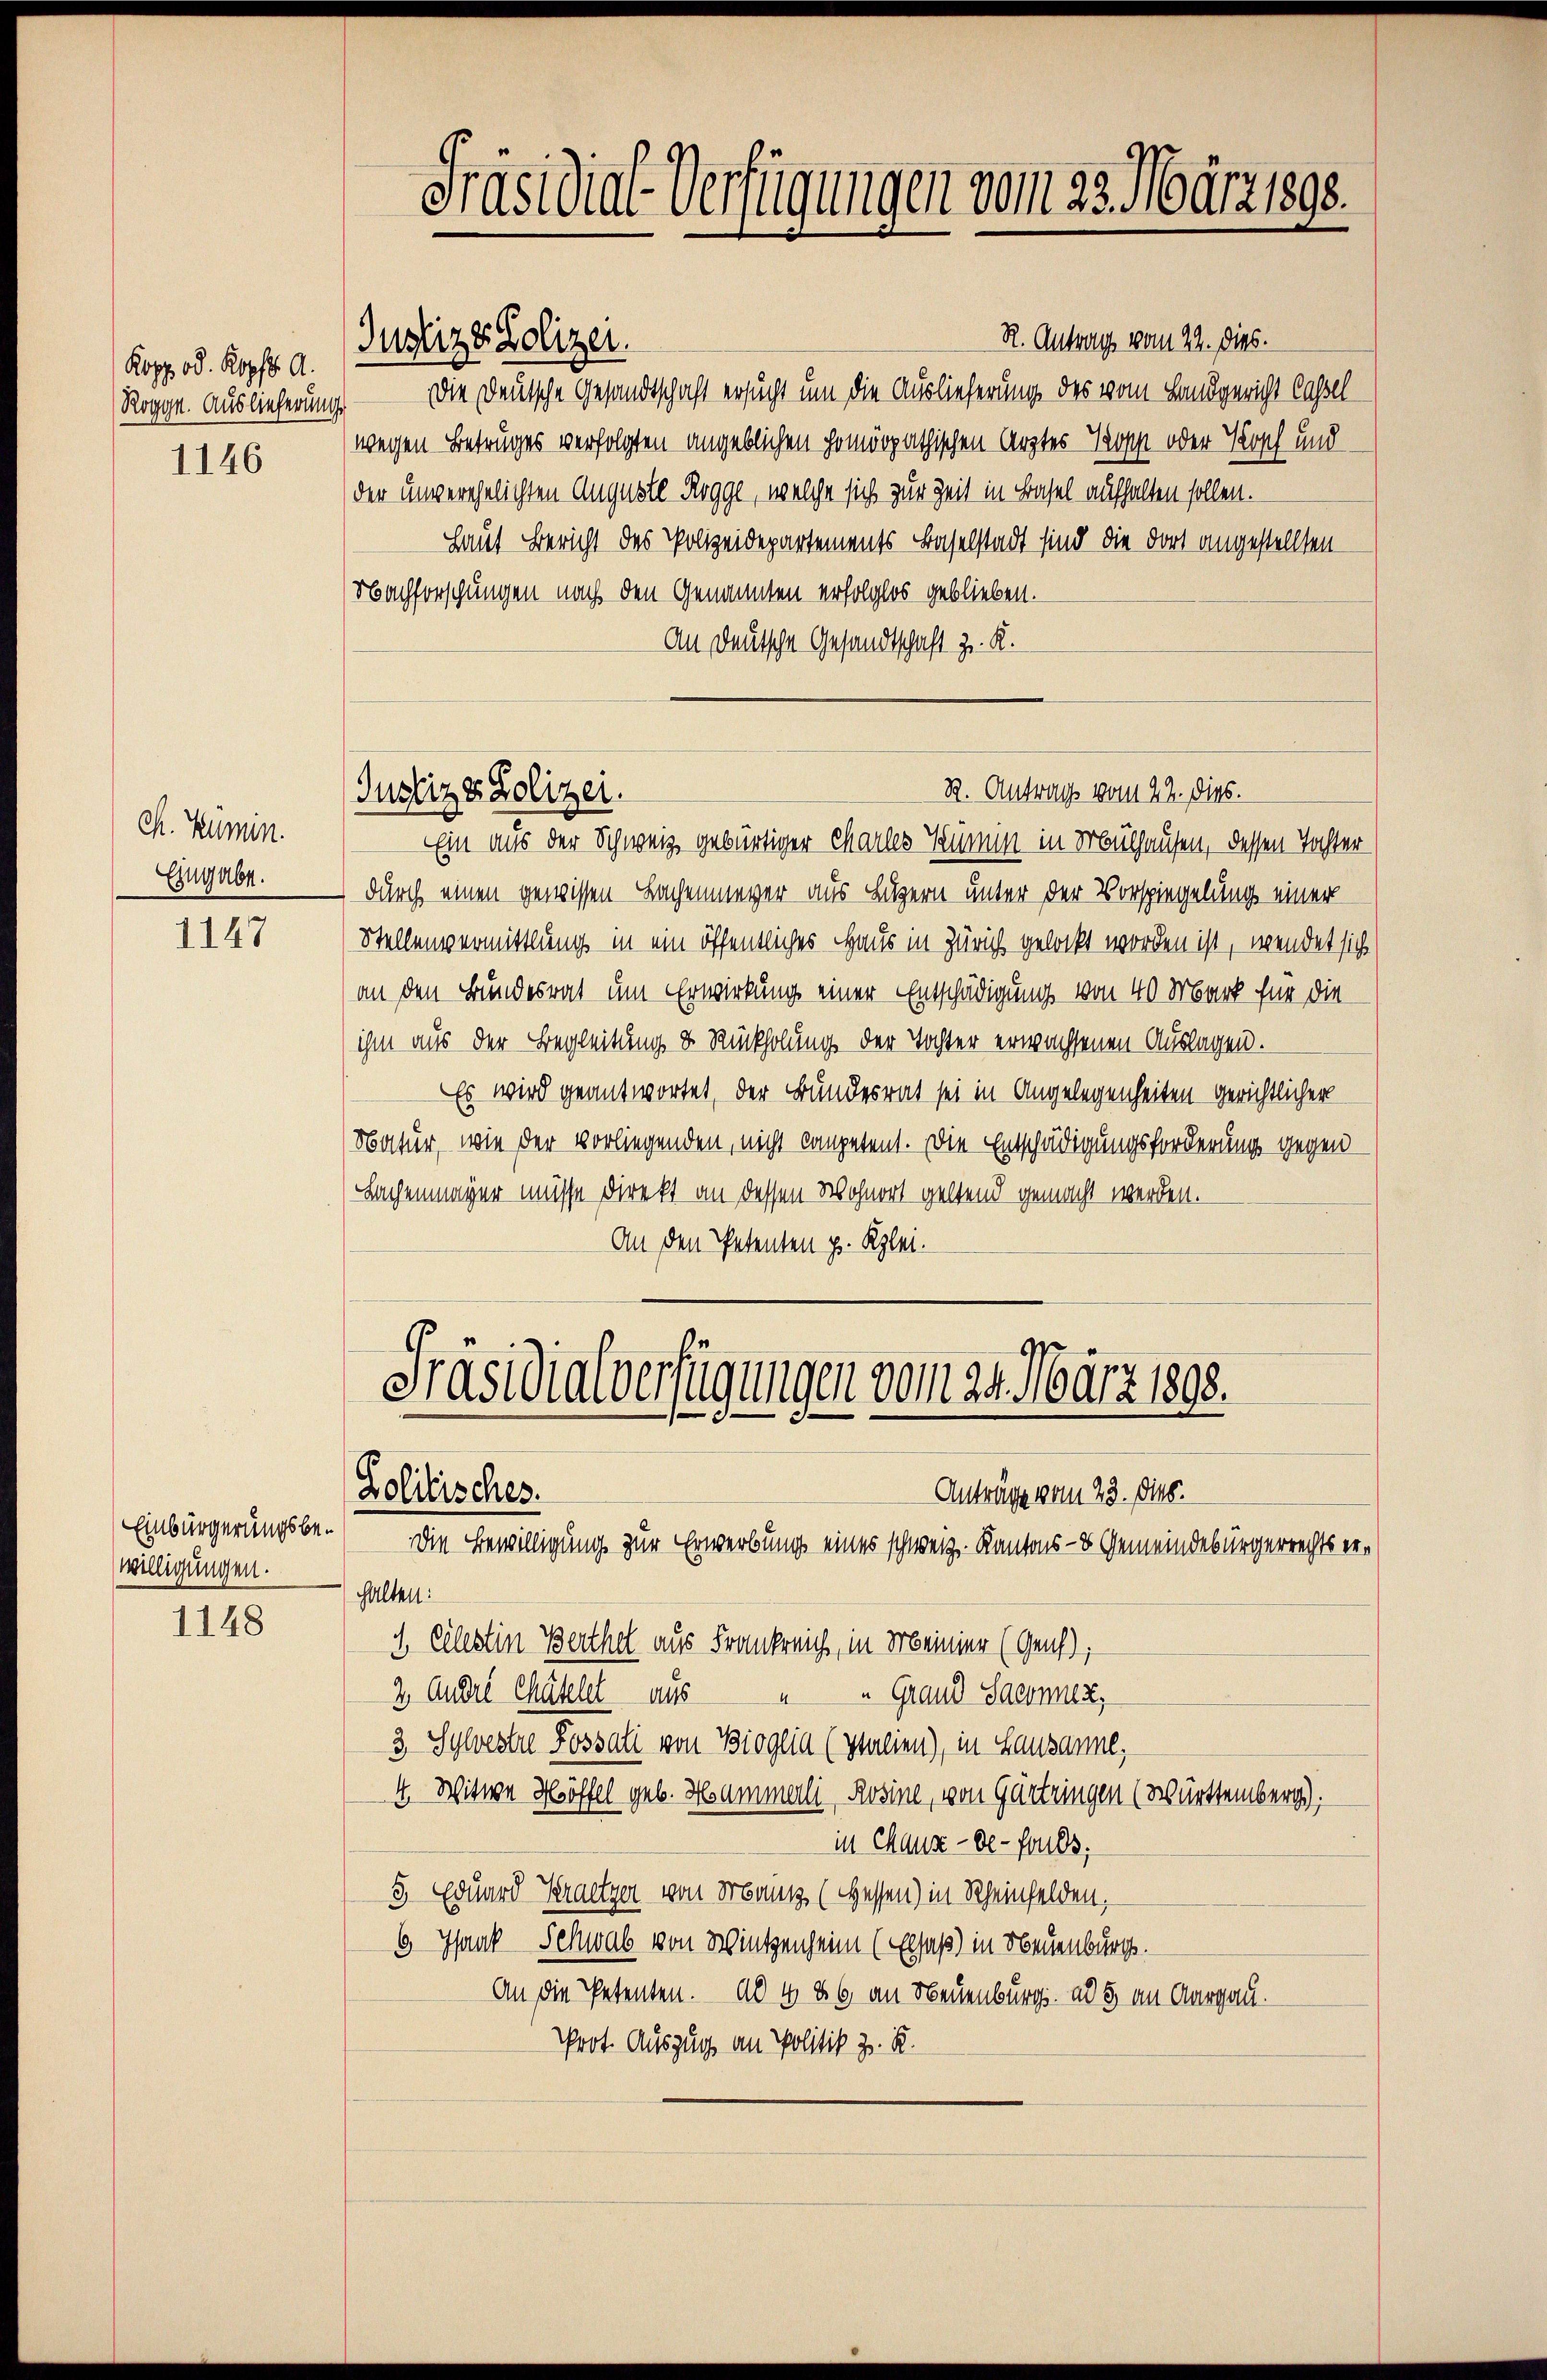
Kopp od. Kopfer A.
Rogge. Auslieferungs

1146

Ch. Kümin.
Eingabe.

1147

Einbürgerungsbewilligungen.

1148

Präsidial-Verfügungen vom 23. März 1890.

R. Antrags vom 22. Dies.
Die Deutsche Gesandtschaft ersucht um die Auslieferung des vom Landgericht Cassel
wegen Betruges verfolgten angeblichen homöopathischen Arztes Woche oder Kosch und
der unverehelichten Auguste Rogge, welche sich zur Zeit in Basel aufhalten sollen.
Haut Bericht des Polizeidepartements Baselstadt sind die dort angestellten
Nachforschungen nach den Genannten erfolglos geblieben.
An Deutsche Gesandtschaft z. R.
Ein aus der Schweiz gebürtiger Charles Innen in Mülhausen, dessen Tochter
durch einen gewissen Lachenmager aus Luzern unter der Vorspiegelung einer
Stellenvermittlung in ein öffentliches Haus in Zürich gelockt worden ist, wendet sich
an den Bundesrat um Erwirkung einer Entschädigung von 40 Mark für die
ihm aus der Begleitung & Rückholung der Tochter erwachsenen Auslagen.
Es wird geantwortet, der Bundesrat sei in Angelegenheiten gerichtlicher
Natur, wie der vorliegenden, nicht competent. Die Entschädigungsforderung gegen
Sachenmager müsse direkt an dessen Wohnort geltend gemacht werden.
An den Petenten p. Klei¬

Justiz & Polizei.

Justiz & Polizei.

R. Antrag vom 22. dies.

Präsidialverfügungen vom 21. März 1898.
Zolitisches.
Anträge vom 23. Dies
Die Bewilligung zur Erwerbung eines schweiz. Kantons- & Gemeindebürgerrechts er¬

halten:
1. Celestin Berthel aus Frankreich, in Meiner (Genf),
4
" Grand Saconuz,
2 Andel Chätelet aus
3 Schwestre Fossali von Bioglia (Italien), in Lausanne,
4. Witwe Höffel geb. Hammerli, Rosine, von Gärtringen (Württemberg).
in Chaux-de-Fouls.
5. Eduard Kratzer von Franz (Hessen) in Scheinfelden,
6 Isaak Schwab von Wintenheim (Elsaß) in Neuenburg.
An die Petenten. Ab 4 26 an Neuenburg. ad 5 an Aargau.
Prot. Auszug an Politik z. B.